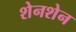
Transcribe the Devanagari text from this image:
शेनशेन